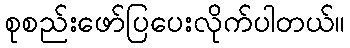
စုစည်းဖော်ပြပေးလိုက်ပါတယ်။